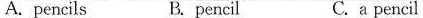
A.pencils B.pencil C.a pencil